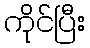
ကိုင်ပြီး